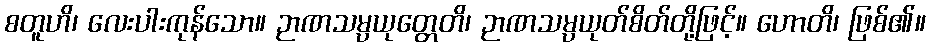
စတူဟိ၊ လေးပါးကုန်သော။ ဉာဏသမ္ပယုတ္တေတိ၊ ဉာဏသမ္ပယုတ်စိတ်တို့ဖြင့်။ ဟောတိ၊ ဖြစ်၏။